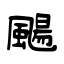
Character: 颺